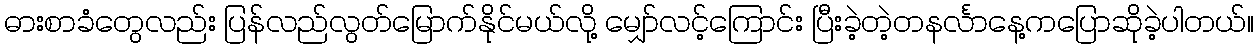
ဓားစာခံတွေလည်း ပြန်လည်လွတ်မြောက်နိုင်မယ်လို့ မျှော်လင့်ကြောင်း ပြီးခဲ့တဲ့တနင်္လာနေ့ကပြောဆိုခဲ့ပါတယ်။